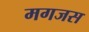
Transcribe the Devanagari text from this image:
मगजस